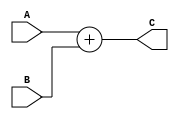
`define WIDTH 256

module adder(A, B, C);

input [`WIDTH-1:0] A;
input [`WIDTH-1:0] B;
output [`WIDTH-1:0] C;

assign C = A + B;

endmodule